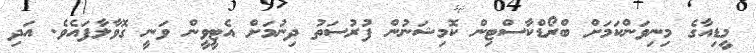
މީޑިއާގެ މިނިވަންކަމަށް ބްރޯޑްކާސްޓިން ކޮމިޝަނުން ފުރުސަތު ދިނުމަށް އެޓީވީން ވަނީ ގޮވާލާފައެވެ. އަދި